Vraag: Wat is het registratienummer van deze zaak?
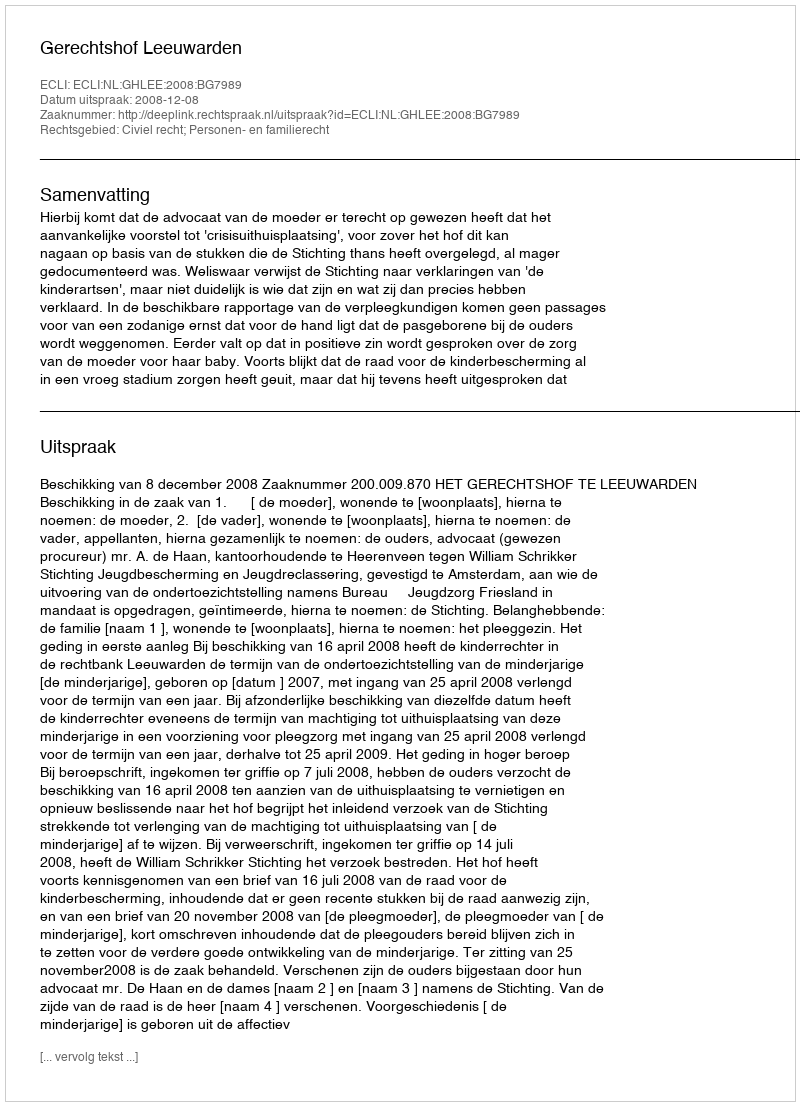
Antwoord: http://deeplink.rechtspraak.nl/uitspraak?id=ECLI:NL:GHLEE:2008:BG7989